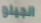
انجيلو